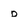
Character: d